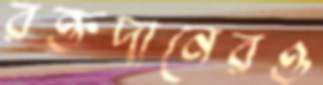
রক্তদানেরও